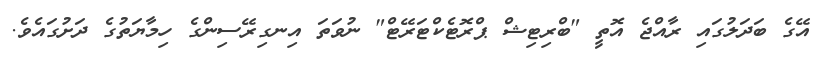
އޭގެ ބަދަލުގައި ރާއްޖެ އޮތީ "ބްރިޓިޝް ޕްރޮޓެކްޓަރޭޓް" ނުވަތަ އިނގިރޭސިންގެ ހިމާޔަތުގެ ދަށުގައެވެ.